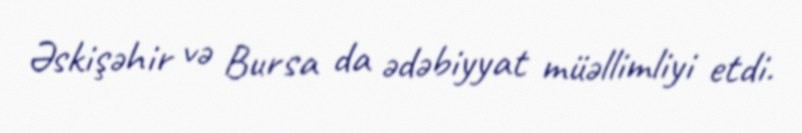
Əskişəhir və Bursa da ədəbiyyat müəllimliyi etdi.